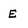
Character: E